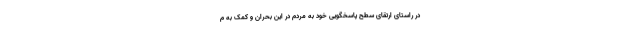
در راستای ارتقای سطح پاسخگویی خود به مردم در این بحران و کمک به م